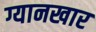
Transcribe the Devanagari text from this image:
ग्यानखार